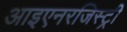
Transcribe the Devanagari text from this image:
आइएनरजिस्ट्री